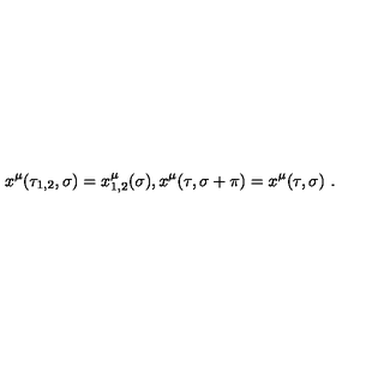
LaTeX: x ^ { \mu } ( \tau _ { 1 , 2 } , \sigma ) = x _ { 1 , 2 } ^ { \mu } ( \sigma ) , x ^ { \mu } ( \tau , \sigma + \pi ) = x ^ { \mu } ( \tau , \sigma ) \ .